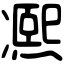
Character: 𠘕